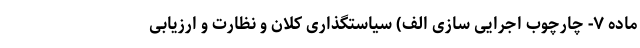
ماده ۷- چارچوب اجرایی سازی الف) سیاستگذاری کلان و نظارت و ارزیابی